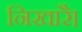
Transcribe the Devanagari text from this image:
निखारै।